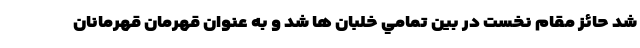
شد حائز مقام نخست در بين تمامي خلبان ها شد و به عنوان قهرمان قهرمانان